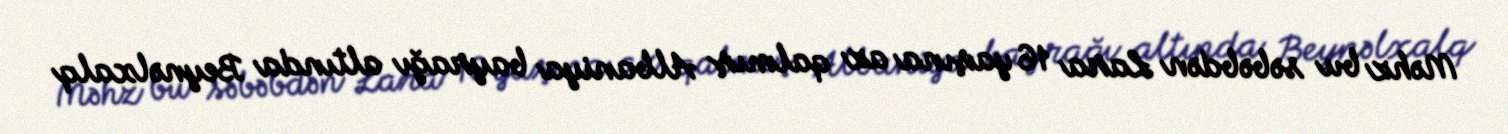
Məhz bu səbəbdən Lara 16 yaşına az qalmış Albaniya bayrağı altında Beynəlxalq